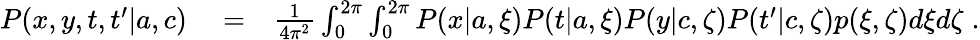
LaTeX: \begin{array}{rlr}{P(x,y,t,t^{\prime}|{a},{c})}&{{}=}&{\frac{1}{4\pi^{2}}\int_{0}^{2\pi}\int_{0}^{2\pi}P(x|{a},\xi)P(t|{a},\xi)P(y|{c},\zeta)P(t^{\prime}|{c},\zeta)p(\xi,\zeta)d\xi d\zeta\; .}\end{array}